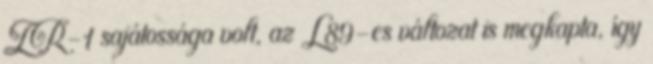
ZR-1 sajátossága volt, az L89-es változat is megkapta, így